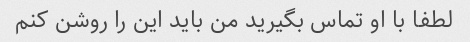
لطفا با او تماس بگیرید من باید این را روشن کنم